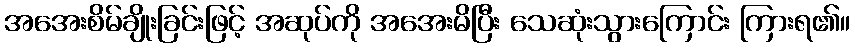
အအေးစိမ်ချိုးခြင်းဖြင့် အဆုပ်ကို အအေးမိပြီး သေဆုံးသွားကြောင်း ကြားရ၏။